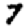
Digit: 7